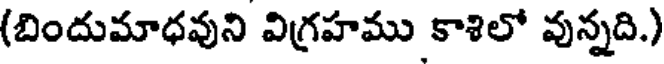
(బిందుమాధవుని విగ్రహము కాశిలో వున్నది.)